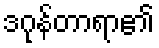
ဒဂုန်တာရာ၏